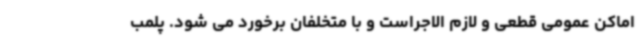
اماکن عمومی قطعی و لازم الاجراست و با متخلفان برخورد می شود. پلمب